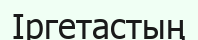
Іргетастың